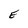
Character: E